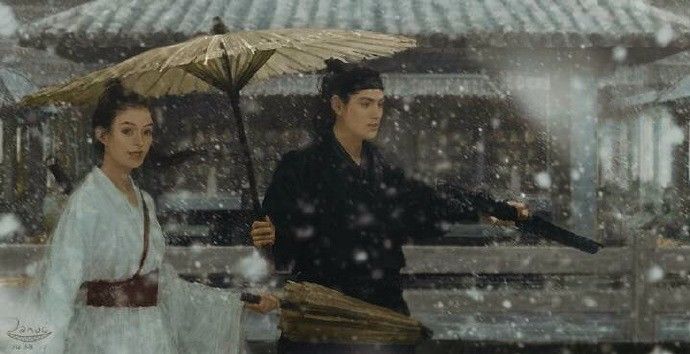
心断新丰酒，销愁斗几千。